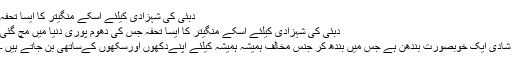
دبئی کی شہزادی کیلئے اسکے منگیتر کا ایسا تحفہ
دبئی کی شہزادی کیلئے اسکے منگیتر کا ایسا تحفہ جس کی دھوم پوری دنیا میں مچ گئی
شادی ایک خوبصورت بندھن ہے جس میں بندھ کر جنس مخالف ہمیشہ ہمیشہ کیلئے اپنےدکھوں اورسکھوں کےساتھی بن جاتے ہیں ۔